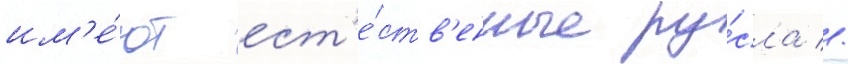
им'е́ют ест'е́ств'енные ру́сла //